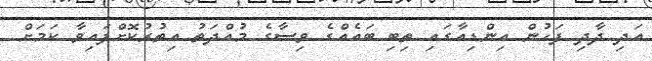
އަދި ދާދި ފަހުން އިންޑިއާގައި ތިބި ބައެއްގެ ވިސާގެ މުއްދަތު އިތުރުކޮށްފައިވާ ކަމަށް